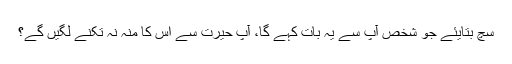
سچ بتایئے جو شخص آپ سے یہ بات کہے گا، آپ حیرت سے اس کا منہ نہ تکنے لگیں گے؟